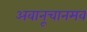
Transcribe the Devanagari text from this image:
अवानूचानमव